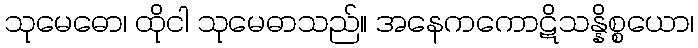
သုမေဓော၊ ထိုငါ သုမေဓာသည်။ အနေကကောဋိသန္နိစ္စယော၊